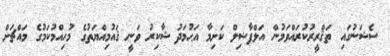
ސެޝަނުގައި ތަޤްރީރުކުރައްވަމުން އަލްފާޟިލް ކަށިމާ އަޙުމަދު ޝާކިރު ވަނީ ޤައުމިއްޔަތުގެ މުހިއްމުކަމުގެ މައްޗަށް